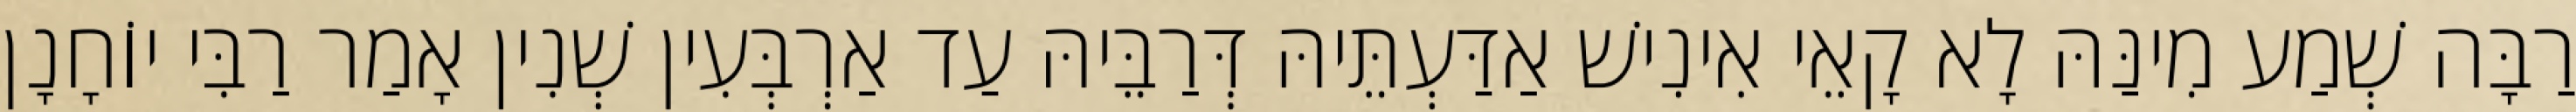
רַבָּה שְׁמַע מִינַּהּ לָא קָאֵי אִינִישׁ אַדַּעְתֵּיהּ דְּרַבֵּיהּ עַד אַרְבְּעִין שְׁנִין אָמַר רַבִּי יוֹחָנָן